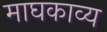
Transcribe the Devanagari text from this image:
माघकाव्य